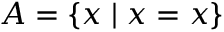
A = \{ x \mid x = x \}